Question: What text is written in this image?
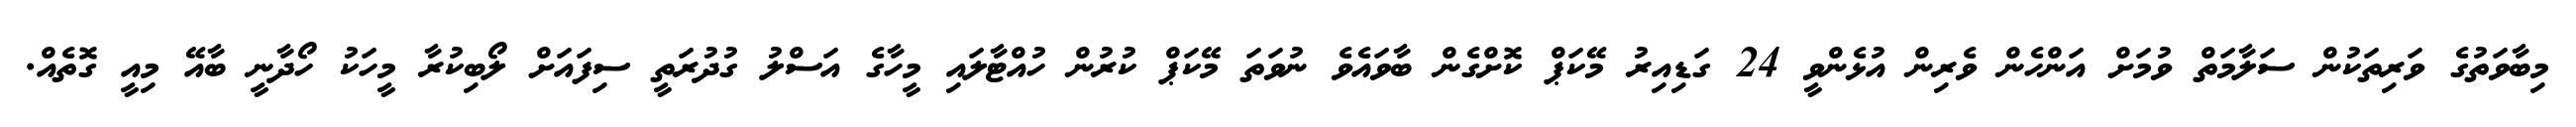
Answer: މިބާވަތުގެ ވަރިތަކުން ސަލާމަތް ވުމަށް އަންހެން ވެރިން އުޅެންވީ 24 ގަޑިއިރު މޭކަޕް ކޮށްގެން ބާވައެވެ ނުވަތަ މޭކަޕް ކުރުން ހުއްޓާލައި މީހާގެ އަސްލު ގުދުރަތީ ސިފައަށް ލޯބިކުރާ މީހަކު ހޯދާނީ ބާއޭ މިއީ ގޮތެއް.